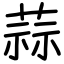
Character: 蒜